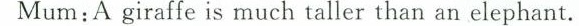
Mum:A giraffe is much taller than an elephant.